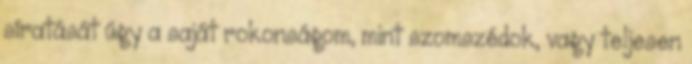
síratását úgy a saját rokonságom, mint szomszédok, vagy teljesen